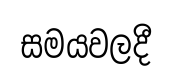
සමයවලදී